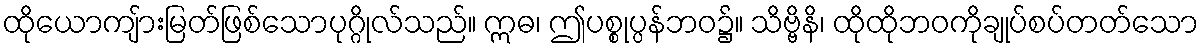
ထိုယောကျ်ားမြတ်ဖြစ်သောပုဂ္ဂိုလ်သည်။ ဣဓ၊ ဤပစ္စုပ္ပန်ဘဝ၌။ သိဗ္ဗိနိ၊ ထိုထိုဘဝကိုချုပ်စပ်တတ်သော